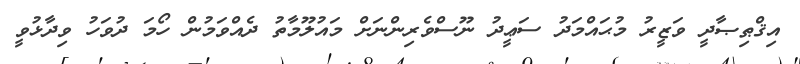
އިޤްޠިޞާދީ ވަޒީރު މުޙައްމަދު ސަޢީދު ނޫސްވެރިންނަށް މައުލޫމާތު ދެއްވަމުން ހޯމަ ދުވަހު ވިދާޅުވީ